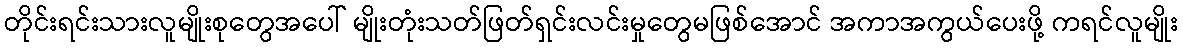
တိုင်းရင်းသားလူမျိုးစုတွေအပေါ် မျိုးတုံးသတ်ဖြတ်ရှင်းလင်းမှုတွေမဖြစ်အောင် အကာအကွယ်ပေးဖို့ ကရင်လူမျိုး